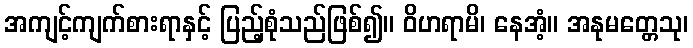
အကျင့်ကျက်စားရာနှင့် ပြည့်စုံသည်ဖြစ်၍။ ဝိဟရာမိ၊ နေအံ့။ အနုမတ္တေသု၊